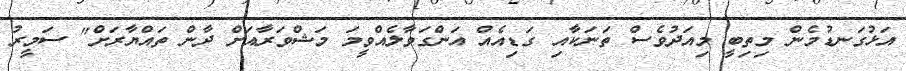
އަޅުގަނޑުމެން މިތިބީ މިއަދުވެސް ތަނަކާއި ގަޑިއެއް އަންގަވާލެއްވީމަ މަޝްވަރާއަށް ދާން ތައްޔާރަށް" ސަމީރު